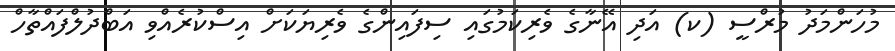
މުހަންމަދު މުރްސީ (ކ) އަދި އޭނާގެ ވެރިކަމުގައި ސިފައިންގެ ވެރިޔަކަށް އިސްކުރެއްވި އަބްދުލްފައްތާހް